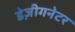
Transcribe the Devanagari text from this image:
डेज़ीगनेटर